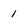
Character: 1